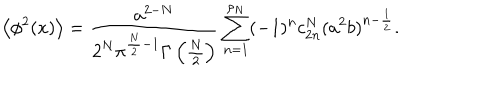
LaTeX: \left< \phi ^ { 2 } ( x ) \right> = { \frac { a ^ { 2 - N } } { 2 ^ { N } \pi ^ { \frac N 2 - 1 } \Gamma \left( \frac N 2 \right) } } \sum _ { n = 1 } ^ { \rho _ { N } } ( - 1 ) ^ { n } c _ { 2 n } ^ { N } ( a ^ { 2 } b ) ^ { n - \frac 1 2 } .